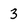
Character: 3